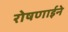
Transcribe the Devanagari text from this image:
रोषणाईने